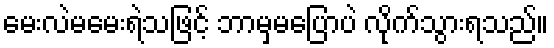
မေးလဲမမေးရဲသဖြင့် ဘာမှမပြောပဲ လိုက်သွားရသည်။